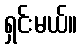
ရှင်းမယ်။